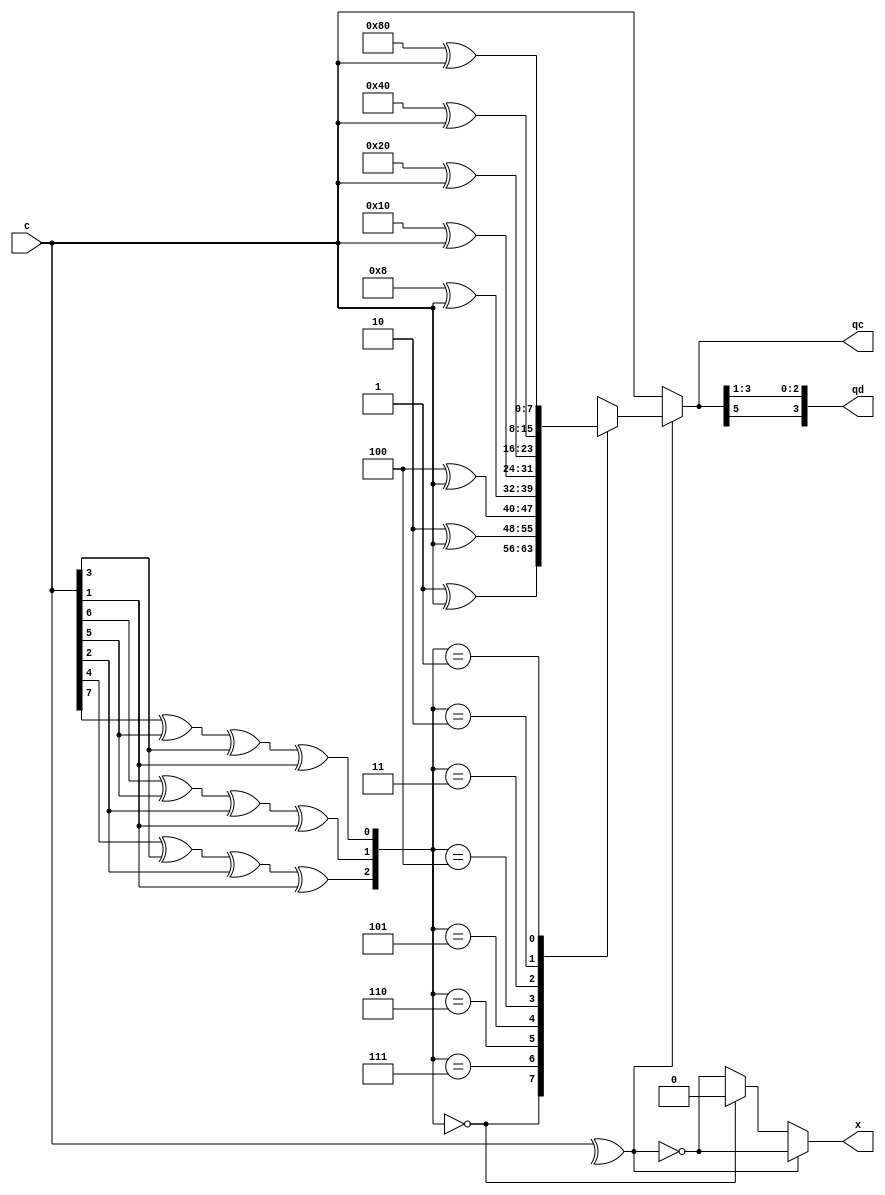
// hamming 7,4 decoder

module ham_74_decoder(
	input [7:0] c,
	output reg [7:0] qc,
	output reg [3:0] qd,
	output reg x
	);

	reg [2:0] e_code;
	reg parity_check;
	wire [6:0] H[0:3];
	assign H[0] = 8'b1010101;
	assign H[1] = 8'b0110011;
	assign H[2] = 8'b0001111;
	// assign H[3] = 8'b11111111;

	integer i;
	always @(*) begin
		for (i = 0; i < 3; i = i + 1) begin
			e_code[i] = (H[i][6] & c[7]) ^ (H[i][5] & c[6]) ^ (H[i][4] & c[5]) ^ (H[i][3] & c[4]) ^ 
				(H[i][2] & c[3]) ^ (H[i][1] & c[2]) ^ (H[i][0] & c[1]);
		end

		parity_check = ^c;
		x = ~parity_check;
		
		if (parity_check) begin
		case (e_code)
			3'h0: qc = 8'b00000001 ^ c;
			3'h7: qc = 8'b00000010 ^ c;
			3'h6: qc = 8'b00000100 ^ c;
			3'h5: qc = 8'b00001000 ^ c;
			3'h4: qc = 8'b00010000 ^ c;
			3'h3: qc = 8'b00100000 ^ c;
			3'h2: qc = 8'b01000000 ^ c;
			3'h1: qc = 8'b10000000 ^ c;
		endcase
		end else begin
			if (e_code == 3'h0)
				x = 0;
			qc = c;
		end

		qd = {qc[5], qc[3], qc[2], qc[1]};
	end
	
endmodule